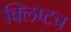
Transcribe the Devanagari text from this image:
क्लिष्टच